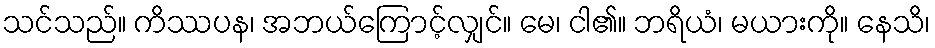
သင်သည်။ ကိဿပန၊ အဘယ်ကြောင့်လျှင်။ မေ၊ ငါ၏။ ဘရိယံ၊ မယားကို။ နေသိ၊